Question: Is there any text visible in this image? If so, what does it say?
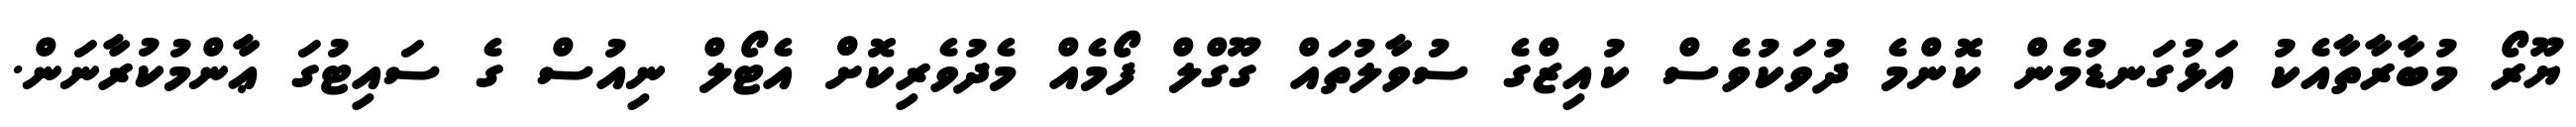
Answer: ޔޫރޯ މުބާރާތާއެކު އަޅުގަނޑުމެން ކޮންމެ ދުވަކުވެސް ކުއިޒްގެ ސުވާލުތައް ގޫގްލް ފޯމެއް މެދުވެރިކޮށްް އެޓޯލް ނިއުސް ގެ ސައިޓުގަ ޢާންމުކުރާނަން.